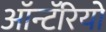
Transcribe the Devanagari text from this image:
ऑन्टॅरियो